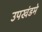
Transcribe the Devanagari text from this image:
उपखंडमे